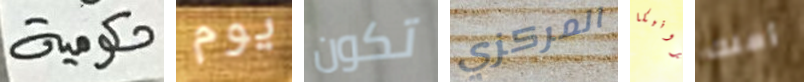
حكومية يوم تكون المركزي فيرونيكا أملك